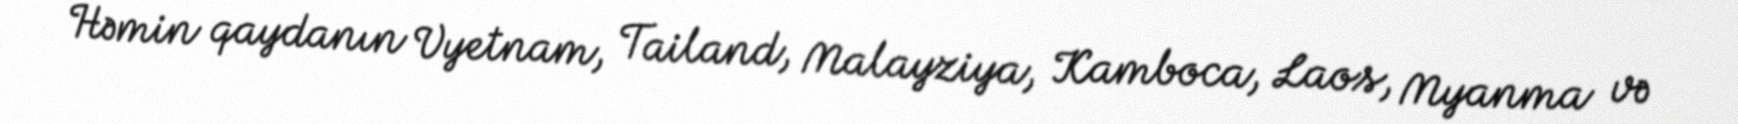
Həmin qaydanın Vyetnam, Tailand, Malayziya, Kamboca, Laos, Myanma və